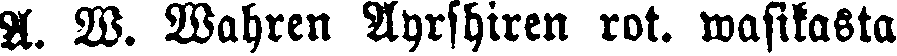
A. W. Wahren Ayrshiren rot. wasikasta